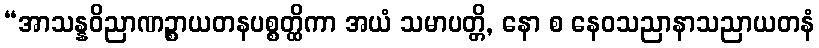
“အာသန္နဝိညာဏဉ္စာယတနပစ္စတ္ထိကာ အယံ သမာပတ္တိ, နော စ နေဝသညာနာသညာယတနံ